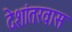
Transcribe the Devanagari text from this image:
देशांतरवास